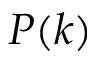
P ( k )